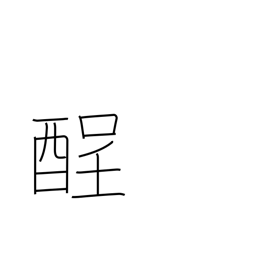
Meaning: hangover